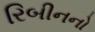
રિબીનનો